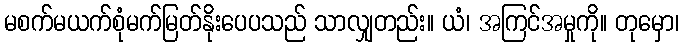
မစက်မယက်စုံမက်မြတ်နိုးပေပသည် သာလျှတည်း။ ယံ၊ အကြင်အမှုကို။ တုမှော၊